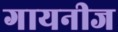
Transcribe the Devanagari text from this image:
गायनीज